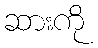
ဆားကို